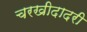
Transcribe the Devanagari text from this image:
चरखीदादरी